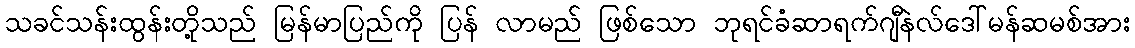
သခင်သန်းထွန်းတို့သည် မြန်မာပြည်ကို ပြန် လာမည် ဖြစ်သော ဘုရင်ခံဆာရက်ဂျီနဲလ်ဒေါ်မန်ဆမစ်အား